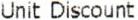
UNIT DISCOUNT